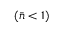
( \bar { n } < 1 )